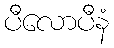
ပီလောပီနံ